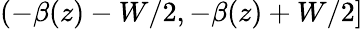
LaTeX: (-\beta(z)-W/2,-\beta(z)+W/2]